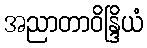
အညာတာဝိန္ဒြိယံ